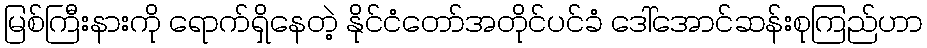
မြစ်ကြီးနားကို ရောက်ရှိနေတဲ့ နိုင်ငံတော်အတိုင်ပင်ခံ ဒေါ်အောင်ဆန်းစုကြည်ဟာ